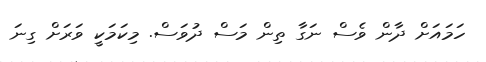
ހަމައަށް ދާން ވެސް ނަގާ ތިން މަސް ދުވަސް. މިކަމަކީ ވަރަށް ގިނަ